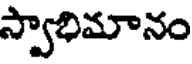
స్వాభిమానం